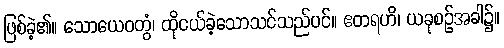
ဖြစ်ခဲ့၏။ သောယေဝတွံ၊ ထိုငယ်ခဲ့သောသင်သည်ပင်။ ဧတရဟိ၊ ယခုစဉ်အခါ၌။